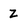
Character: Z